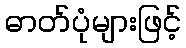
ဓာတ်ပုံများဖြင့်